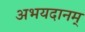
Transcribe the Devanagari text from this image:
अभयदानम्